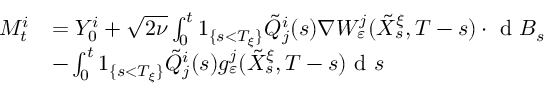
\begin{array} { r l } { M _ { t } ^ { i } } & { = Y _ { 0 } ^ { i } + \sqrt { 2 \nu } \int _ { 0 } ^ { t } 1 _ { \{ s < T _ { \xi } \} } \tilde { Q } _ { j } ^ { i } ( s ) \nabla W _ { \varepsilon } ^ { j } ( \tilde { X } _ { s } ^ { \xi } , T - s ) \cdot \textrm { d } B _ { s } } \\ & { - \int _ { 0 } ^ { t } 1 _ { \{ s < T _ { \xi } \} } \tilde { Q } _ { j } ^ { i } ( s ) g _ { \varepsilon } ^ { j } ( \tilde { X } _ { s } ^ { \xi } , T - s ) \textrm { d } s } \end{array}